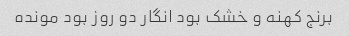
برنج کهنه و خشک بود انگار دو روز بود مونده